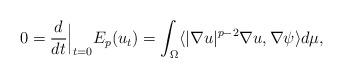
LaTeX: \begin{align*}0=\frac{d}{dt}\Big|_{t=0}E_p(u_t)=\int_{\Omega}\langle |\nabla u|^{p-2}\nabla u, \nabla \psi\rangle d\mu,\end{align*}